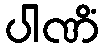
ပါဏိံ